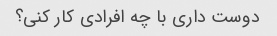
دوست داری با چه افرادی کار کنی؟